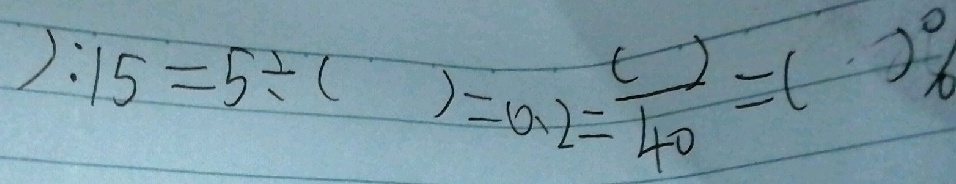
) : 1 5 = 5 \div ( ) = 0 . 2 = \frac { ( ) } { 4 0 } = ( ) \%